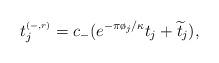
LaTeX: \begin{align*}t^{\scriptscriptstyle(-,r)}_j=c_{-}(e^{-\pi\o_j/\kappa}t_j+\widetilde{t}_j),\end{align*}